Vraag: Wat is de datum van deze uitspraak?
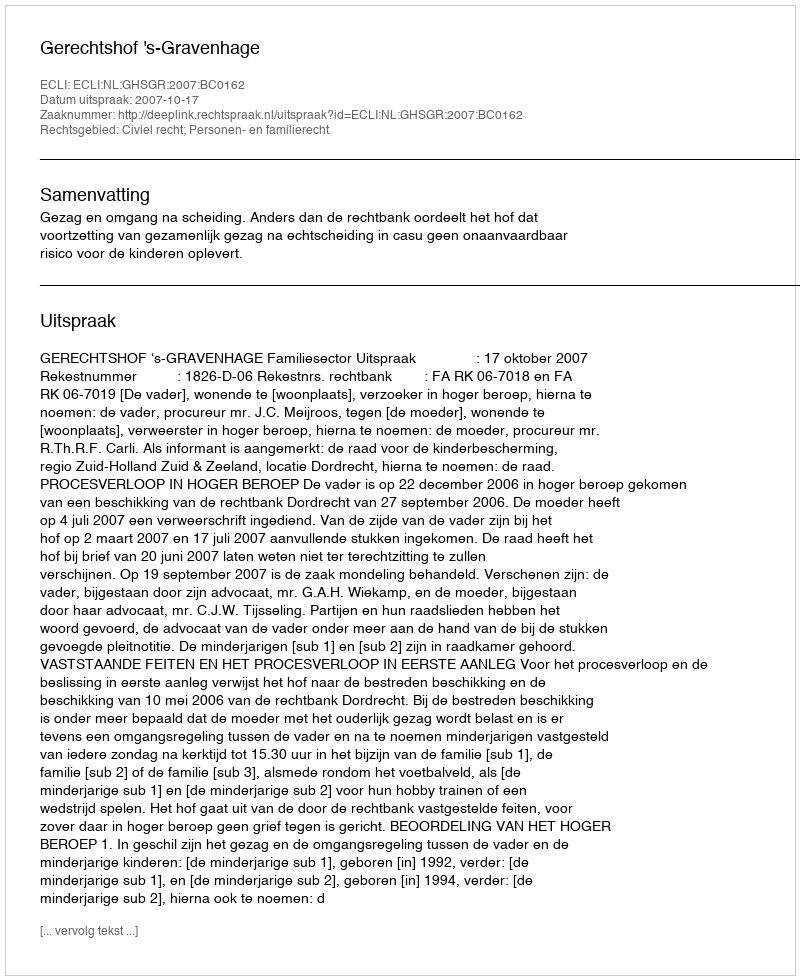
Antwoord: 2007-10-17